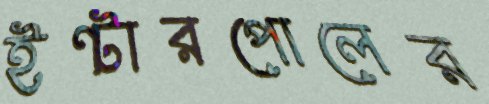
ইন্টারপোলের